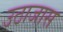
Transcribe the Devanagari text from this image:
उठाजास